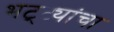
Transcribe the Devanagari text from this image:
भट्ट्यांचा